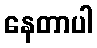
နေတာပါ